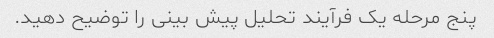
پنج مرحله یک فرآیند تحلیل پیش بینی را توضیح دهید.